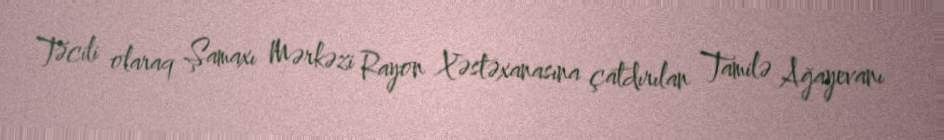
Təcili olaraq Şamaxı Mərkəzi Rayon Xəstəxanasına çatdırılan Tamilə Ağayevanı